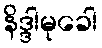
နိဒ္ဒါမုခေါ